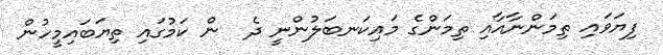
ފިޔަވައި ތިމަންނާއާއި ތިމަންގެ މައިކަނބަލުންނީ ދެ  ން ކަމުގައި ތިޔަބައިމީހުން